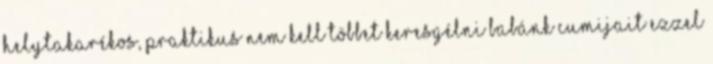
helytakarékos, praktikus Nem kell többet keresgélni Babánk cumijait ezzel